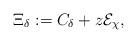
LaTeX: \begin{align*}\Xi _{\delta }:=C_{\delta }+z\mathcal{E}_{\chi }, \end{align*}